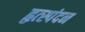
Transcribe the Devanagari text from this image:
हृत्स्पंदन